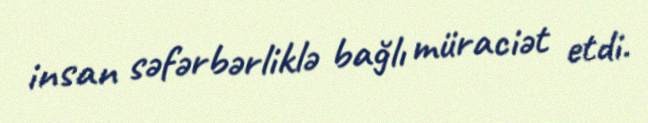
insan səfərbərliklə bağlı müraciət etdi.